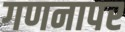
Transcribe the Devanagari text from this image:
गणनापर